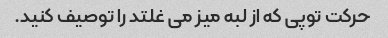
حرکت توپی که از لبه میز می غلتد را توصیف کنید.